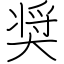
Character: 奨